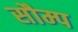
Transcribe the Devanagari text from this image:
सौम्प